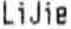
LIJIE